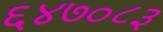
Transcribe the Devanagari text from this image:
६४७०८३